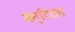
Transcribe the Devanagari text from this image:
वेस्टिटस